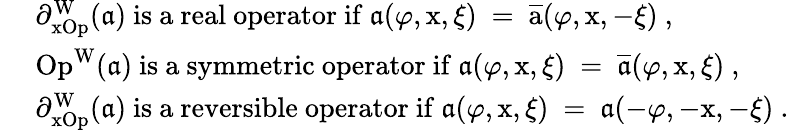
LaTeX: \begin{array}{rl}&{\mathrm{~\partial_xOp^W(\mathfrak{a})~is~a~real~operator~if~\mathfrak{a}(\varphi,x,\xi)~=~\overline{{a}}(\varphi,x,-\xi)~},}\\ &{\mathrm{~Op^W(\mathfrak{a})~is~a~symmetric~operator~if~\mathfrak{a}(\varphi,x,\xi)~=~\overline{{\mathfrak{a}}}(\varphi,x,\xi)~},}\\ &{\mathrm{~\partial_xOp^W(\mathfrak{a})~is~a~reversible~operator~if~\mathfrak{a}(\varphi,x,\xi)~=~\mathfrak{a}(-\varphi,-x,-\xi)~}.}\end{array}